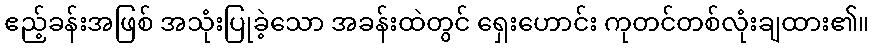
ဧည့်ခန်းအဖြစ် အသုံးပြုခဲ့သော အခန်းထဲတွင် ရှေးဟောင်း ကုတင်တစ်လုံးချထား၏။